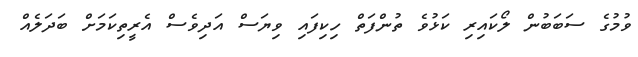
ވުމުގެ ސަބަބުން ލޯކައިރި ކަޅުވެ ތުންފަތް ހިކިފައި ވިޔަސް އަދިވެސް އެރީތިކަމަށް ބަދަލެއް